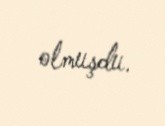
olmuşdu.